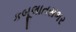
કબૂલાતસભર